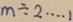
m \div 2 \cdots 1